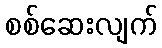
စစ်ဆေးလျက်